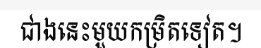
ជាងនេះមួយកម្រិតទៀត។